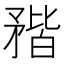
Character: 𥍾